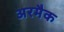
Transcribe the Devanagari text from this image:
अरमैक